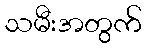
သမီးအတွက်